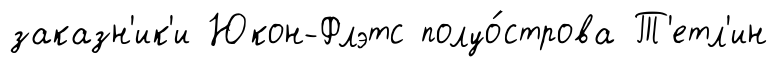
заказн'ик'и Юкон-Флэтс полуо́строва Т'етл'ин